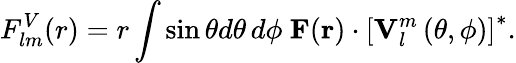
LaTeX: F_{lm}^{V}(r)=r\int\sin\theta d\theta\, d\phi~\boldsymbol{\mathbf{F}}(\boldsymbol{\mathbf{r}})\cdot\left[\boldsymbol{\mathbf{V}}_{l}^{m}\left(\theta,\phi\right)\right]^{*}.